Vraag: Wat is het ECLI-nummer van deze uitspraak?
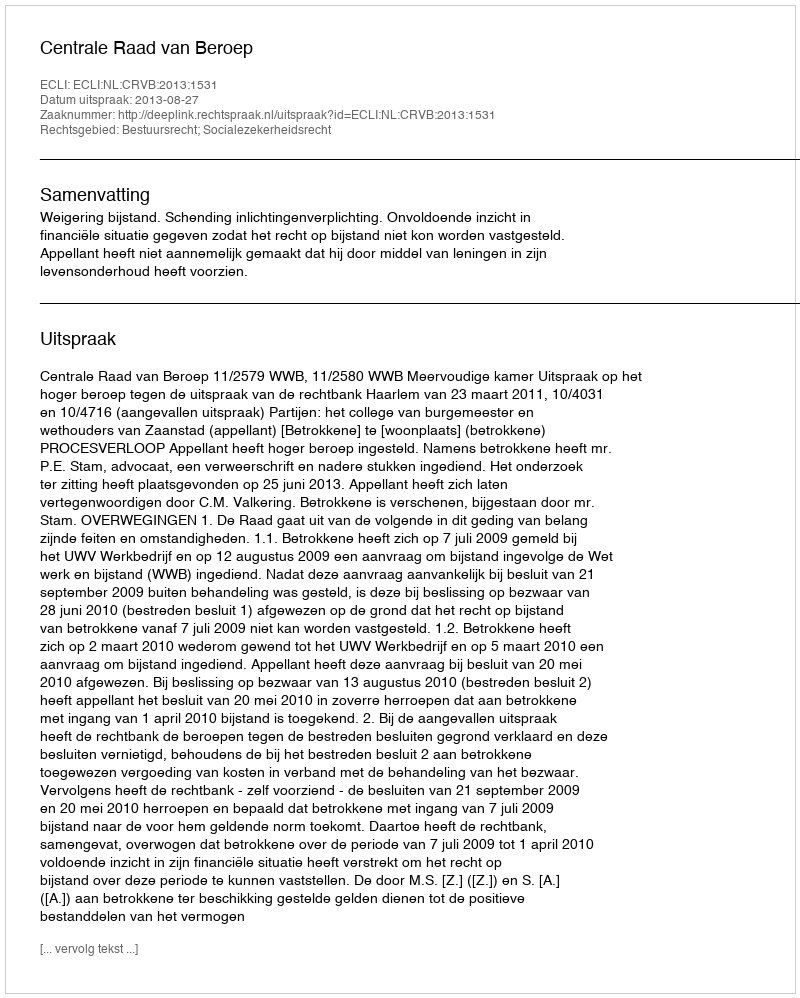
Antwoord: ECLI:NL:CRVB:2013:1531